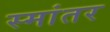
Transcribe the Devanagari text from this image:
स्मांतर